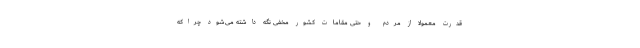
قدرت معمولا از مردم و حتی مقامات کشور مخفی نگه داشته می‌شود چراکه